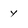
Character: Y